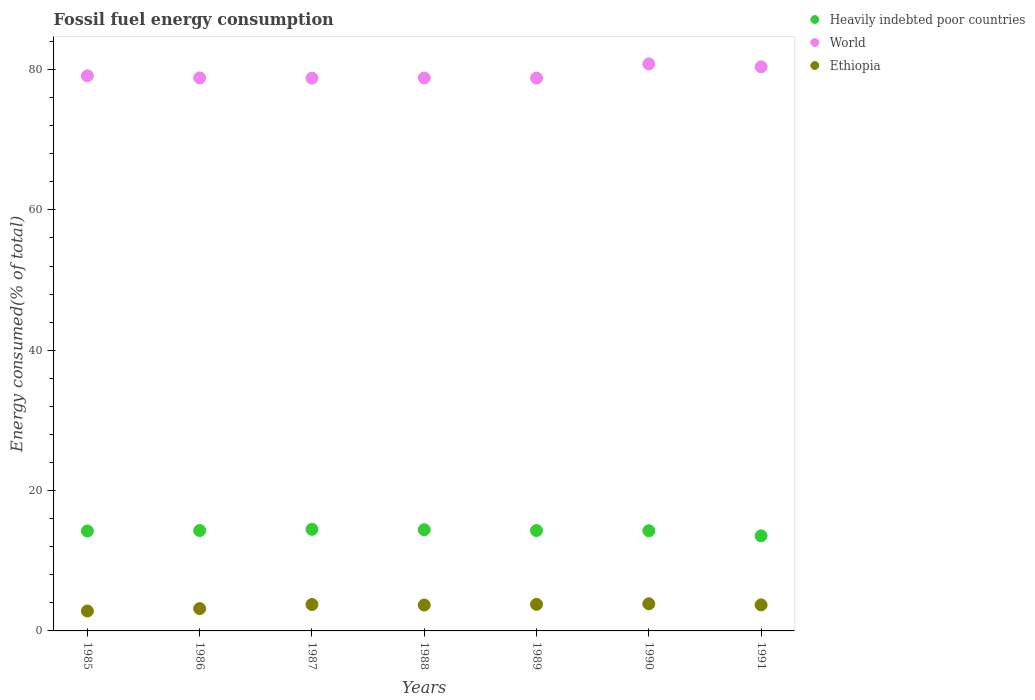
| Years | Heavily indebted poor countries | World | Ethiopia |
 | --- | --- | --- | --- |
 | 1985 | 14.2 | 79.1 | 2.84 |
 | 1986 | 14.3 | 78.8 | 3.18 |
 | 1987 | 14.5 | 78.8 | 3.76 |
 | 1988 | 14.4 | 78.8 | 3.69 |
 | 1989 | 14.3 | 78.8 | 3.79 |
 | 1990 | 14.3 | 80.8 | 3.87 |
 | 1991 | 13.5 | 80.4 | 3.71 |